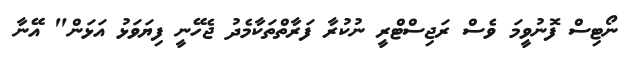
ނޯޓިސް ފޮނުވީމަ ވެސް ރަޖިސްޓްރީ ނުކުރާ ފަރާތްތަކާމެދު ޖެހޭނީ ފިޔަވަޅު އަޅަން" އޭނާ